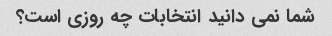
شما نمی دانید انتخابات چه روزی است؟